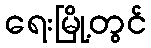
ရေးမြို့တွင်